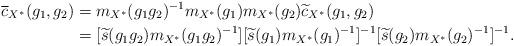
LaTeX: \begin{align*}\overline{c}_{X^{\ast}}(g_1, g_2)&=m_{X^{\ast}}(g_1g_2)^{-1} m_{X^{\ast}}(g_1) m_{X^{\ast}}(g_2) \widetilde{c}_{ {X^{\ast}}}(g_1,g_2)\\&=[\widetilde{s}(g_1g_2)m_{X^{\ast}}(g_1g_2)^{-1}] [\widetilde{s}(g_1)m_{X^{\ast}}(g_1)^{-1}]^{-1} [\widetilde{s}(g_2)m_{X^{\ast}}(g_2)^{-1}]^{-1}.\end{align*}